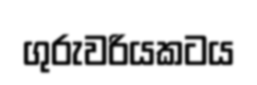
ගුරුවරියකටය